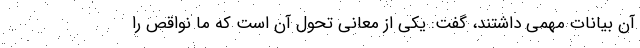
آن بیانات مهمی داشتند، گفت: یکی از معانی تحول آن است که ما نواقص را